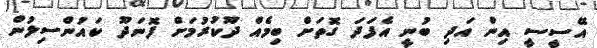
އޭސީސީ އިން އަދި ބުނީ އެފަދަ ގޮތަށް ބިމެއް ދޫކުރުމަށް ފޮނަދޫ ކައުންސިލުން